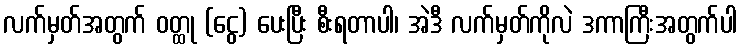
လက်မှတ်အတွက် ဝတ္ထု (ငွေ) ပေးပြီး စီးရတာပါ၊ အဲဒီ လက်မှတ်ကိုလဲ ဒကာကြီးအတွက်ပါ